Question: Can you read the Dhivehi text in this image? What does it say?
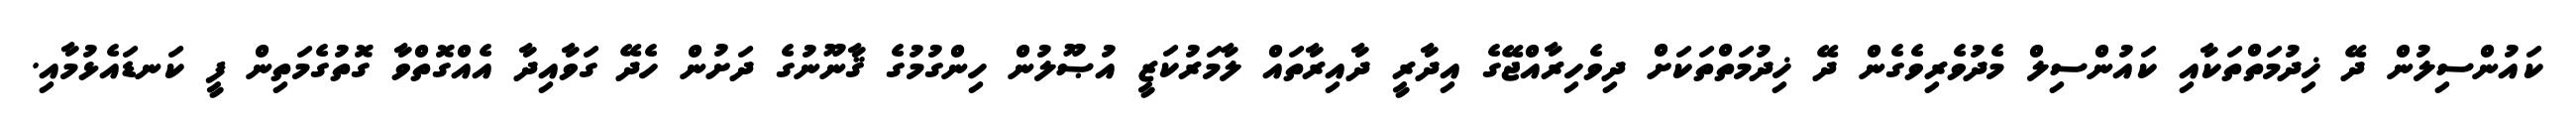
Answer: ކައުންސިލުން ދޭ ޚިދުމަތްތަކާއި ކައުންސިލް މެދުވެރިވެގެން ދޭ ޚިދުމަތްތަކަށް ދިވެހިރާއްޖޭގެ އިދާރީ ދާއިރާތައް ލާމަރުކަޒީ އުޞޫލުން ހިންގުމުގެ ޤާނޫނުގެ ދަށުން ހެދޭ ގަވާއިދާ އެއްގޮތްވާ ގޮތުގެމަތިން ފީ ކަނޑައެޅުމާއި.